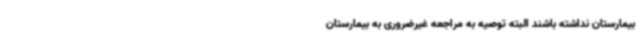
بیمارستان نداشته باشند البته توصیه به مراجعه غیرضروری به بیمارستان